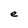
Character: e